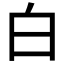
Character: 白